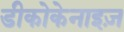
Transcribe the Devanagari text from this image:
डीकोकेनाइज़